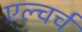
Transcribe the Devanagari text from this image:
एल्चर्च